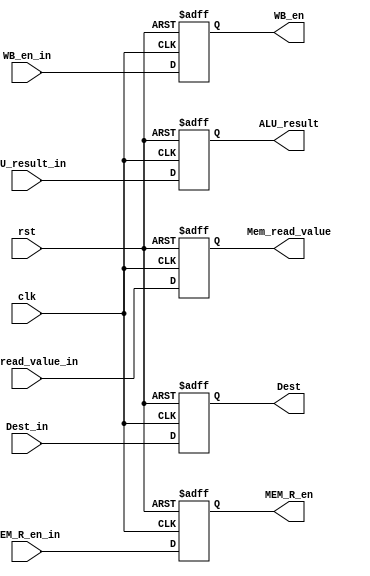
`timescale 1ns/1ns

module MEM_STAGE_REG (
  input clk, rst, WB_en_in, MEM_R_en_in,
  input [31:0] ALU_result_in, Mem_read_value_in,
  input [3:0] Dest_in,
	
	output reg WB_en, MEM_R_en,
	output reg [31:0] ALU_result, Mem_read_value,
	output reg [3:0] Dest
  );

	always @(posedge clk, posedge rst) begin
    if (rst) begin
			WB_en <= 0;
			MEM_R_en <= 0;
      ALU_result <= 32'b0;
      Mem_read_value <= 32'b0;
			Dest <= 4'b0;
    end
    else begin
      WB_en <= WB_en_in;
			MEM_R_en <= MEM_R_en_in;
      ALU_result <= ALU_result_in;
      Mem_read_value <= Mem_read_value_in;
			Dest <= Dest_in;
    end
  end
endmodule